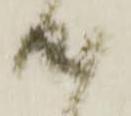
成